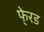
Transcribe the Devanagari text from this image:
फे्रड